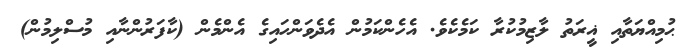
ޙުމިއްޔަތާއި ޣީރަތު ލާޒިމުކުރާ ކަމެކެވެ. އެހެންކަމުން އެދެވަންހައިގެ އެންމެން (ކާފަރުންނާއި މުސްލިމުން)